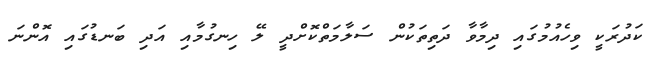
ކަދުރަކީ ވިހެއުމުގައި ދިމާވާ ދަތިތަކުން ސަލާމަތްކޮށްދީ ލޭ ހިނގުމާއި އަދި ބަނޑުގައި އޮންނަ